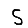
Digit: 5